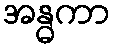
အန္ဓကာ